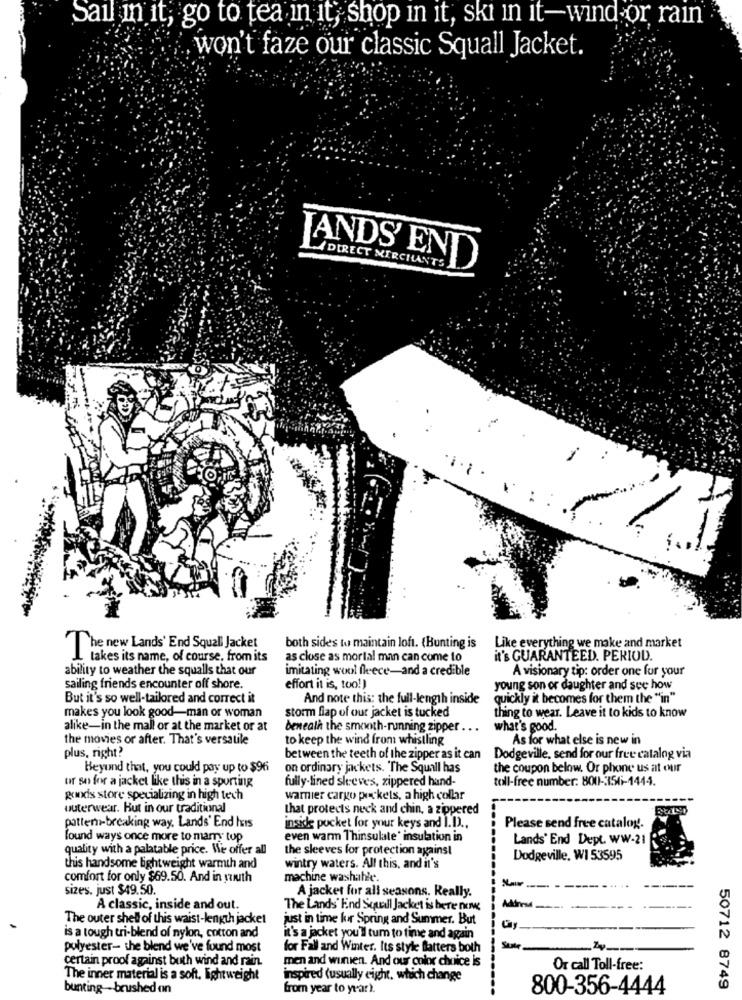
Sail in it, go to tea in it, shop in it, ski in it-wind or rain"
won't faze our classic Squall Jacket.
JANDS' END
DIRECT MERCHANTS
-
The new Lands' End Squall Jacket
both sides to maintain loft. (Bunting is
Like everything we make and market
takes its name, of course, from its
as close as mortal man can come to
it's GUARANTEED. PERIOD.
ability to weather the squalls that our
imitating wool fleece-and a credible
A visionary tip: order one for your
sailing friends encounter off shore.
effort it is, too!)
young son or daughter and see how
But it's so well-tailored and correct it
And note this: the full-length inside
quickly it becomes for them the "in"
makes you look good-man or woman
storm flap of our jacket is tucked
thing to wear. Leave it to kids to know
alike-in the mall or at the market or at
beneath the smooth-running zipper
what's good.
the movies or after. That's versatile
to keep the wind from whistling
As for what else is new in
plus, right?
between the teeth of the zipper as it can Dodgeville, send for our free catalog via
Beyund that, you could pay up to $96
on ordinary jackets. "The Squall has
the coupon below. Or phone us at our
or so for a jacket like this in a sporting
fully-lined sleeves, zippered hand-
toll-free number: 8001-335fi-1444.
godis store specializing in high tech
warnier cargo pockets, a high collar
uuterwear. But in our traditional
that protects neck and chin, a zippered
inside pocket for your keys and I.D) ..
patten-breaking way. Lands' End Ivis
Please send free catalog !.
found ways once more to marry top
even warm Thinsulate' insulation in
Lands' End Dept. WW-21
quality with a palatable price. We offer all
the sleeves for protection against
Dodgeville, WI 53595
this handsome lightweight warmth and
wintry waters. All this, and it's
comfort for only $69.50. And in south
machine washable.
sizes. just $49.50.
A jacket for all seasons. Really.
A classic, inside and out.
The Lands End Squall Jacket is here now
The outer shell of this waist-length jacket
just in time for Spring and Summer. But
is a tough tri-blend of nylon, cotton and
it's a jacket you'll tum to time and again
polyester- the blend we've found most
for Fall and Winter. Its style flatters both
State
certain proof against buth wind and rain.
men and winien. And our color choice is
Or call Toll-free:
The inner material is a soft. lightweight
inspired (usually eight, which change
bunting brushed on
from year to year).
800-356-4444
50712 8749